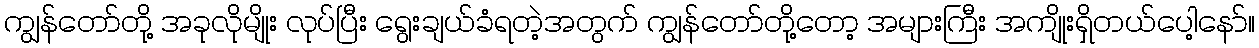
ကျွန်တော်တို့ အခုလိုမျိုး လုပ်ပြီး ရွေးချယ်ခံရတဲ့အတွက် ကျွန်တော်တို့တော့ အများကြီး အကျိုးရှိတယ်ပေါ့နော်။